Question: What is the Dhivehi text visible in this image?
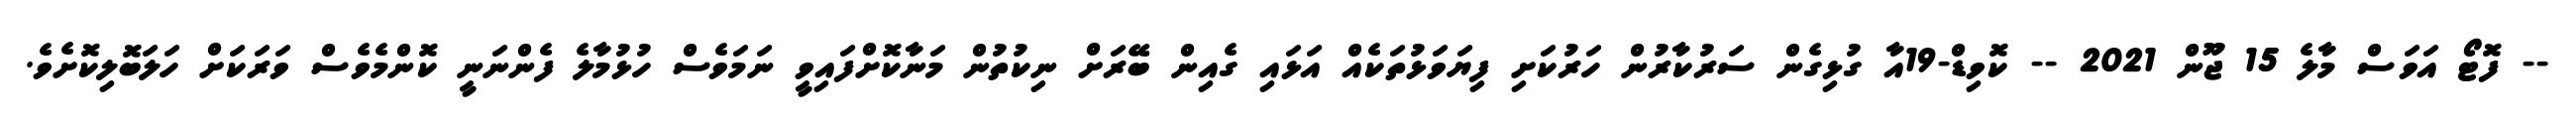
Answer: -- ފޮޓޯ އަވަސް މާލެ 15 ޖޫން 2021 -- ކޮވިޑް-19އާ ގުޅިގެން ސަރުކާރުން ހަރުކަށި ފިޔަވަޅުތަކެއް އަޅައި ގެއިން ބޭރަށް ނިކުތުން މަނާކޮށްފައިވީ ނަމަވެސް ހުޅުމާލެ ފެންނަނީ ކޮންމެވެސް ވަރަކަށް ހަލަބޮލިކޮށެވެ.